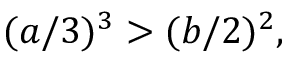
( a / 3 ) ^ { 3 } > ( b / 2 ) ^ { 2 } ,